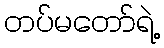
တပ်မတော်ရဲ့